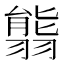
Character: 𦑴